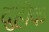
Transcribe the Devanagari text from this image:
दुहोक